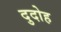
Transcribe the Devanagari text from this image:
दुदोह